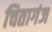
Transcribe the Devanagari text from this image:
चितागंज